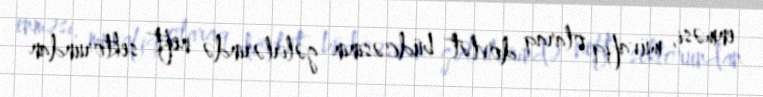
enməsi, müvafiq olaraq dövlət büdcəsinin gəlirlərində neft sektorundan